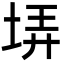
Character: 𡋱